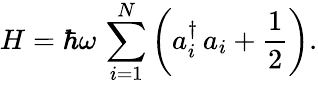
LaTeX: H=\hbar\omega\, \sum_{i=1}^{N}\left(a_{i}^{\dagger}\, a_{i}+{\frac{1}{2}}\right).